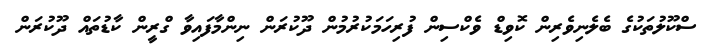
ސްކޫލުތަކުގެ ބެެލެނިވެރިން ކޮވިޑް ވެކްސިން ފުރިހަމަކުރުމުން ދޫކުރަން ނިންމާފައިވާ ގްރީން ކާޑުތައް ދޫކުރަން